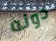
دونه